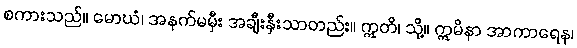
စကားသည်။ မောဃံ၊ အနက်မမှီး အချီးနှီးသာတည်း။ ဣတိ၊ သို့။ ဣမိနာ အာကာရေန၊